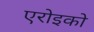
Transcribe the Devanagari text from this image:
एरोइको